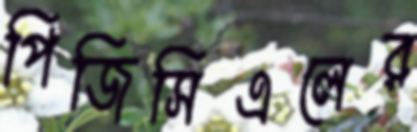
পিজিসিএলের